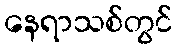
နေရာသစ်တွင်